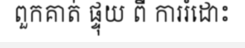
ពួកគាត់ ផ្ទុយ ពី ការរំដោះ